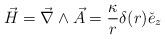
LaTeX: \begin{align*}\vec{H} = \vec{\nabla} \wedge \vec{A} = \frac{\kappa}{r} \delta(r) \check{e}_z\end{align*}